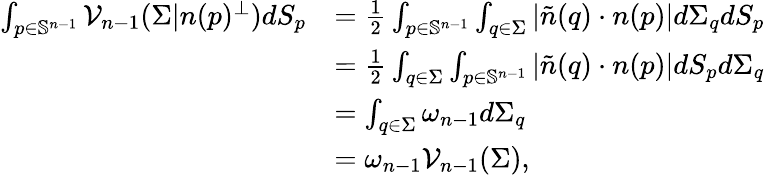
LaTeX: \begin{array}{rl}{\int_{p\in\mathbb{S}^{n-1}}\mathcal{V}_{n-1}(\Sigma|n(p)^{\perp})dS_{p}}&{=\frac{1}{2}\int_{p\in\mathbb{S}^{n-1}}\int_{q\in\Sigma}|\tilde{n}(q)\cdot{n}(p)|d\Sigma_{q}dS_{p}}\\ &{=\frac{1}{2}\int_{q\in\Sigma}\int_{p\in\mathbb{S}^{n-1}}|\tilde{n}(q)\cdot{n}(p)|dS_{p}d\Sigma_{q}}\\ &{=\int_{q\in\Sigma}\omega_{n-1}d\Sigma_{q}}\\ &{=\omega_{n-1}\mathcal{V}_{n-1}(\Sigma),}\end{array}